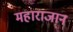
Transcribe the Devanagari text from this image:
महाराजान